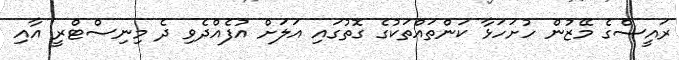
ރައީސްގެ މޭޒުން ހުށަހަޅާ ކަންތައްތަކުގެ ގޮތުގައި އަލަށް އުފެއްދެވި ދެ މިނިސްޓްރީ އާއި